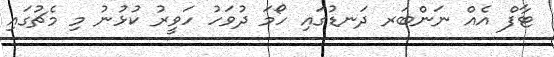
ޓާފް އެއް ނަންބަރ ދަނޑުގައި ހޯމަ ދުވަހު ހަވީރު ކުޅުނު މި މެޗުގައި